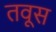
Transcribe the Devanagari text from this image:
तवूस